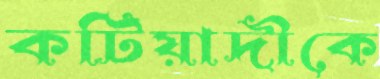
কটিয়াদীকে